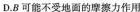
D.B可能不受地面的摩擦力作用